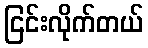
ငြင်းလိုက်တယ်